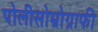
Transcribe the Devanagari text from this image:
पोलीसोम्नोग्राफी